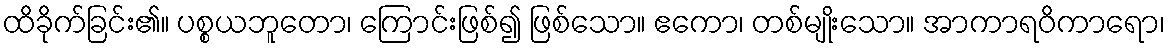
ထိခိုက်ခြင်း၏။ ပစ္စယဘူတော၊ ကြောင်းဖြစ်၍ ဖြစ်သော။ ဧကော၊ တစ်မျိုးသော။ အာကာရဝိကာရော၊